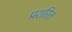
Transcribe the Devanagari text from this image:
प्रशरित